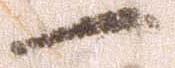
一